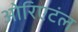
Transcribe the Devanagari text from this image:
ओरिएटंल